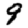
Digit: 9